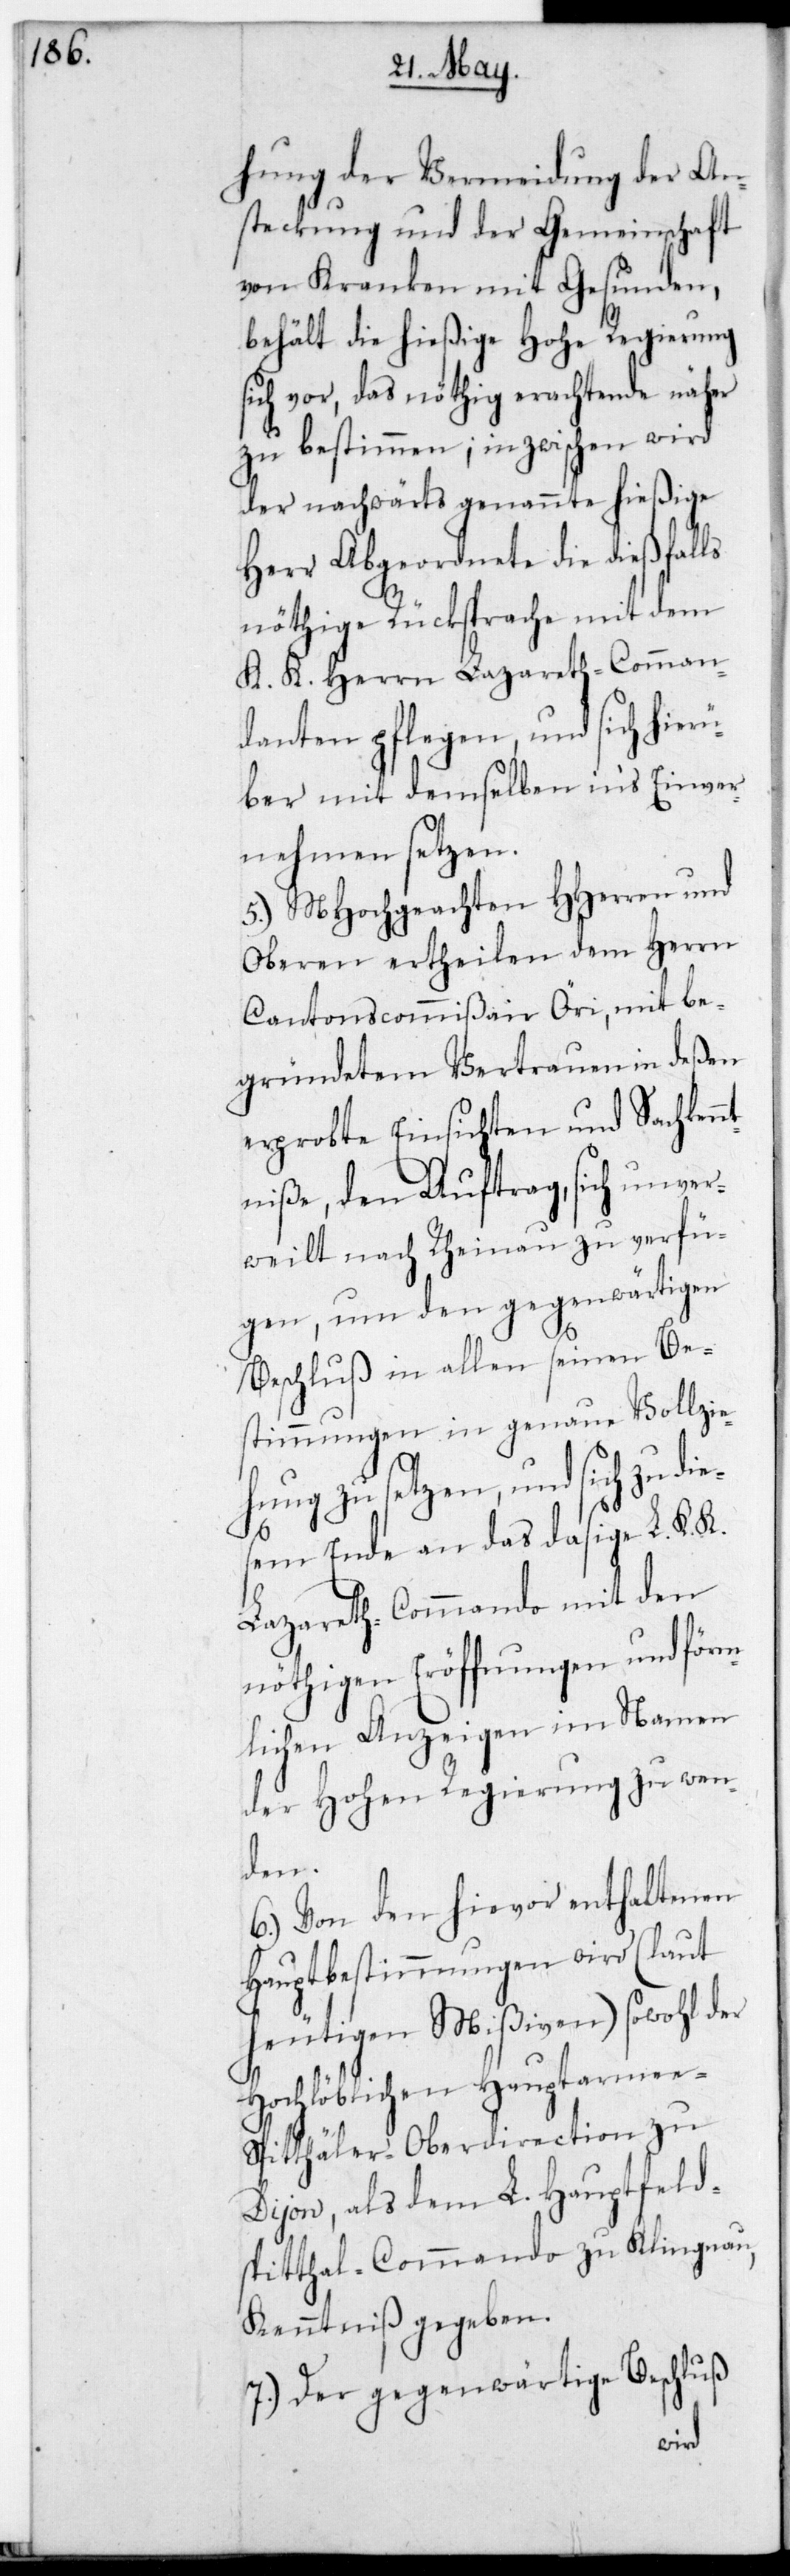
hung der Vermeidung der An¬
steckung und der Gemeinschaft
von Kranken mit Gesunden,
behält die hießige Hohe Regierung
ch vor, das nöthig Erachtende näher
zu bestimmen, inzwischen wird
der nachwärts genannte hießige
Herr Abgeordnete die dießfalls
nöthige Rücksprache mit dem
K. K. Herrn Lazareth-Comman¬
danten pflegen, und sich hierü¬
ber mit demselben in‘s Einver¬
nehmen setzen.
5.) MHochgeachten HHerren und
Oberen ertheilen dem Herrn
CantonsCommißair Öri, mit be¬
gründetem Vertrauen in deßen
erprobte Einsichten und Sachken¬
ntniße den Auftrag, sich unver¬
weilt nach Rheinau zu verfü¬
gen, um den gegenwärtigen
Beschluß in allen seinen Be¬
stimmungen in genaue Vollzie¬
hung zu setzen, und sich zu di¬
esem Ende an das dasige L. K. K.
Lazareth-Commando mit den
nöthigen Eröffnungen und förm¬
lichen Anzeigen im Namen
der Hohen Regierung zu wen¬
den.
6.) Von den hievor enthaltenen
Hauptbestimmungen wird (laut
heutigen Mißiven) sowohl der
Hochlöblichen Hauptarmee¬
spitthäler-Oberdirection zu
Dijon, als dem L. Hauptfeld¬
spitthal-Commando zu Klingnau
Kenntniß gegeben.
7.) Der gegenwärtige Beschluß
si¬